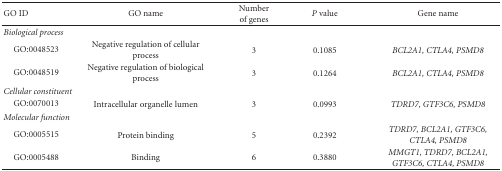
<table><thead><tr><td><b>GO ID</b></td><td><b>GO name</b></td><td><b>Number of genes</b></td><td><b><i>P</i> value</b></td><td><b>Gene name</b></td></tr></thead><tbody><tr><td colspan="5"><i>Biological process</i></td></tr><tr><td> GO:0048523</td><td>Negative regulation of cellular process</td><td>3</td><td>0.1085</td><td><i>BCL2A1, CTLA4, PSMD8</i></td></tr><tr><td> GO:0048519</td><td>Negative regulation of biological process</td><td>3</td><td>0.1264</td><td><i>BCL2A1, CTLA4, PSMD8</i></td></tr><tr><td colspan="5"><i>Cellular constituent</i></td></tr><tr><td> GO:0070013</td><td>Intracellular organelle lumen</td><td>3</td><td>0.0993</td><td><i>TDRD7, GTF3C6, PSMD8</i></td></tr><tr><td colspan="5"><i>Molecular function</i></td></tr><tr><td> GO:0005515</td><td>Protein binding</td><td>5</td><td>0.2392</td><td><i>TDRD7, BCL2A1, GTF3C6, CTLA4, PSMD8</i></td></tr><tr><td> GO:0005488</td><td>Binding</td><td>6</td><td>0.3880</td><td><i>MMGT1, TDRD7, BCL2A1, GTF3C6, CTLA4, PSMD8</i></td></tr></tbody></table>